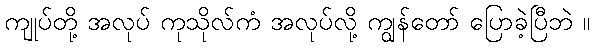
ကျုပ်တို့ အလုပ် ကုသိုလ်ကံ အလုပ်လို့ ကျွန်တော် ပြောခဲ့ပြီဘဲ ။